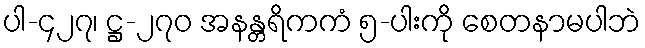
ပါ-၄၂၇၊ ဋ္ဌ-၂၇၀ အနန္တရိကကံ ၅-ပါးကို စေတနာမပါဘဲ